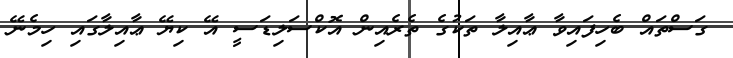
ގަސްތައް ބެހިފައިވާ ޢާއިލާ ތަކުގެ ތެރެއިން އޮކްސަލިޑަސީ އޭ ކިޔޭ ޢާއިލާގައި ހިމެނޭ